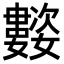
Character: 𭒰